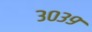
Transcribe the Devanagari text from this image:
३०३९